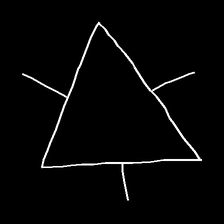
Glyph: fire